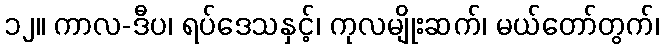
၁၂။ ကာလ-ဒီပ၊ ရပ်ဒေသနှင့်၊ ကုလမျိုးဆက်၊ မယ်တော်တွက်၊